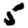
Digit: 5